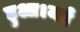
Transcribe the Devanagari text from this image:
हुआ।मई